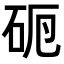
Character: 𥑣